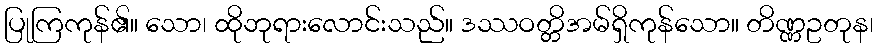
ပြုကြကုန်၏။ သော၊ ထိုဘုရားလောင်းသည်။ ဒဿဝတ္တိအမ်ရှိကုန်သော။ တိဏ္ဏဥတုန၊